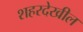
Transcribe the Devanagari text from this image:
शहरदेखील